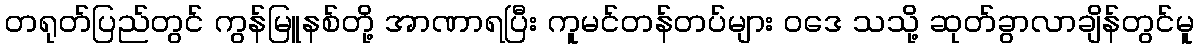
တရုတ်ပြည်တွင် ကွန်မြူနစ်တို့ အာဏာရပြီး ကူမင်တန်တပ်များ ဝဒေ သသို့ ဆုတ်ခွာလာချိန်တွင်မူ